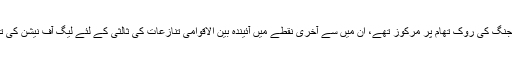
باقی اصول مستقبل میں جنگ کی روک تھام پر مرکوز تھے، ان میں سے آخری نقطے میں آئيندہ بین الاقوامی تنازعات کی ثالثی کے لئے لیگ آف نیشن کی تجویز پیش کی گئی تھی۔